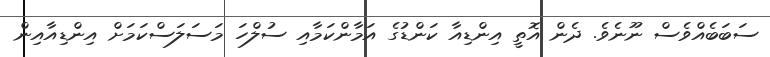
ސަބަބެއްވެސް ނޫނެވެ. ދެން އޮތީ އިންޑިއާ ކަންޑުގެ އަމާންކަމާއި ސުލްހަ މަސަލަސްކަމަށް އިންޑިއާއިން